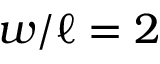
w / \ell = 2